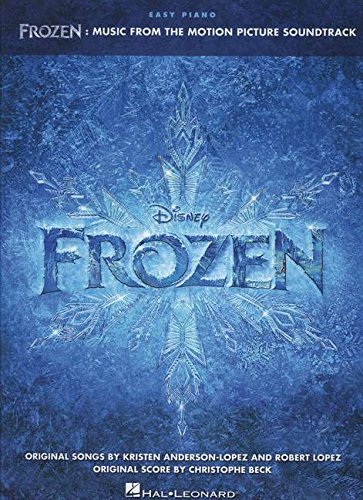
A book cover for Frozen: Music from the Motion Picture Soundtrack (Easy Piano) (Easy Piano Songbook); Hal Leonard Corp.; Humor & Entertainment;